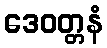
ဒေဝတ္တနံ